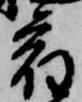
宿